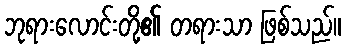
ဘုရားလောင်းတို့၏ တရားသာ ဖြစ်သည်။